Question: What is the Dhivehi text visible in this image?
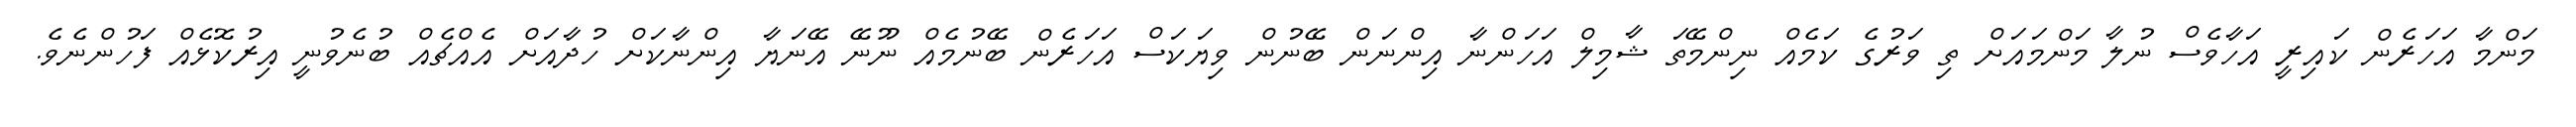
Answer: މަންމާ އަހަރެން ކައިރީ އަހާވެސް ނުލާ މަންމައަށް ތި ވަރުގެ ކަމެއް ނިންމޭތަ ޝާމިލް އަހަންނާ އިންނަން ބޭނުން ވިޔަކަސް އަހަރެން ބޭނުމެއް ނޫނޭ އޭނަޔާ އިންނާކަށް ހުދާއަށް އެއްޗެއް ބުނެވުނީ އިރުކޮޅެއް ފަހުންނެވެ.